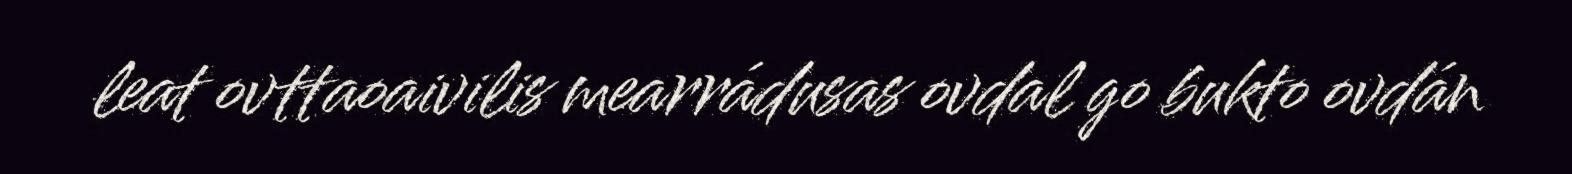
leat ovttaoaivilis mearrádusas ovdal go bukto ovdán